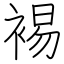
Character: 裼